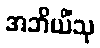
အဘိယိံသု